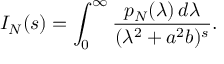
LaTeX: I _ { N } ( s ) = \int _ { 0 } ^ { \infty } { \frac { p _ { N } ( \lambda ) \, d \lambda } { ( \lambda ^ { 2 } + a ^ { 2 } b ) ^ { s } } } .